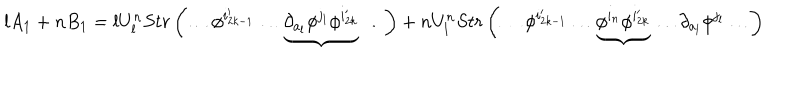
LaTeX: l A _ { 1 } + n B _ { 1 } = l U _ { l } ^ { n } S t r \left( \ldots \phi ^ { i _ { 2 k - 1 } ^ { \prime } } \ldots \underbrace { \partial _ { a _ { l } } \phi ^ { j _ { l } } \phi ^ { i _ { 2 k } ^ { \prime } } } \ldots \right) + n U _ { l } ^ { n } S t r \left( \ldots \phi ^ { i _ { 2 k - 1 } ^ { \prime } } \ldots \underbrace { \phi ^ { i _ { n } } \phi ^ { i _ { 2 k } ^ { \prime } } } \ldots \partial _ { a _ { l } } \phi ^ { j _ { l } } \ldots \right)